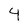
Character: 4